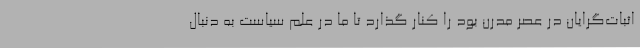
اثبات‌گرایان در عصر مدرن بود را کنار گذارد تا ما در علم سیاست به دنبال